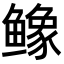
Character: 𬶲